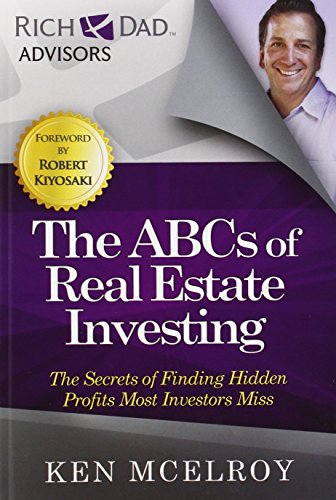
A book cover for The ABCs of Real Estate Investing: The Secrets of Finding Hidden Profits Most Investors Miss (Rich Dad's Advisors); Ken McElroy; Business & Money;